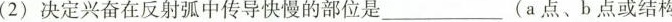
(2) 决定兴奋在反射弧中传导快慢的部位是___(a 点、b 点或结构